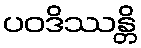
ပဝဒိဿန္တိ